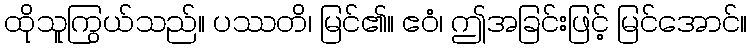
ထိုသူကြွယ်သည်။ ပဿတိ၊ မြင်၏။ ဧဝံ၊ ဤအခြင်းဖြင့် မြင်အောင်။